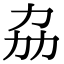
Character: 劦